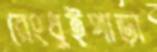
রেংধুইপাড়া